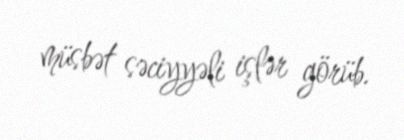
müsbət səciyyəli işlər görüb.